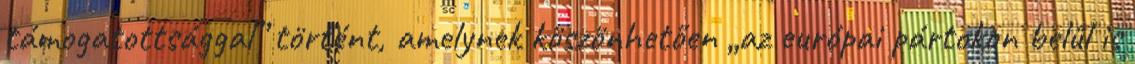
támogatottsággal” történt, amelynek köszönhetően „az európai pártokon belül is